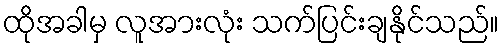
ထိုအခါမှ လူအားလုံး သက်ပြင်းချနိုင်သည်။